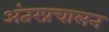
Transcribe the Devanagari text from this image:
अंतरप्रचालन